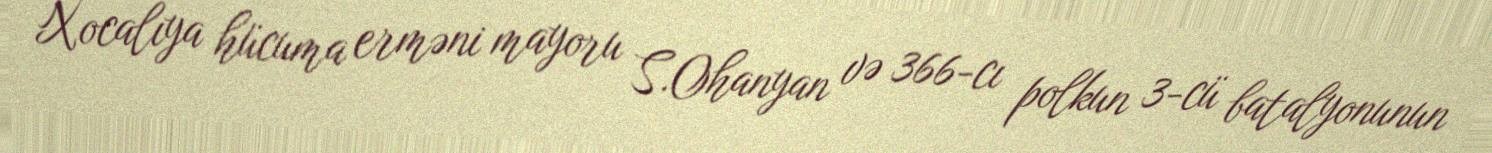
Xocalıya hücuma erməni mayoru S.Ohanyan və 366-cı polkun 3-cü batalyonunun